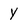
Character: y